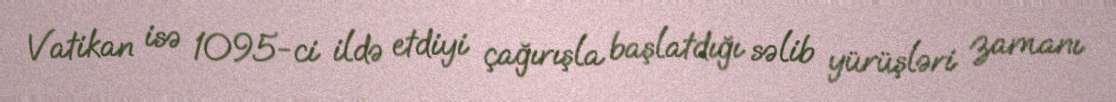
Vatikan isə 1095-ci ildə etdiyi çağırışla başlatdığı səlib yürüşləri zamanı